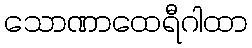
သောဏာထေရီဂါထာ